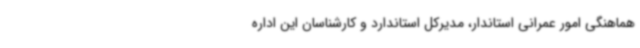
هماهنگی امور عمرانی استاندار، مدیرکل استاندارد و کارشناسان این اداره